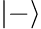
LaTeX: |-\rangle